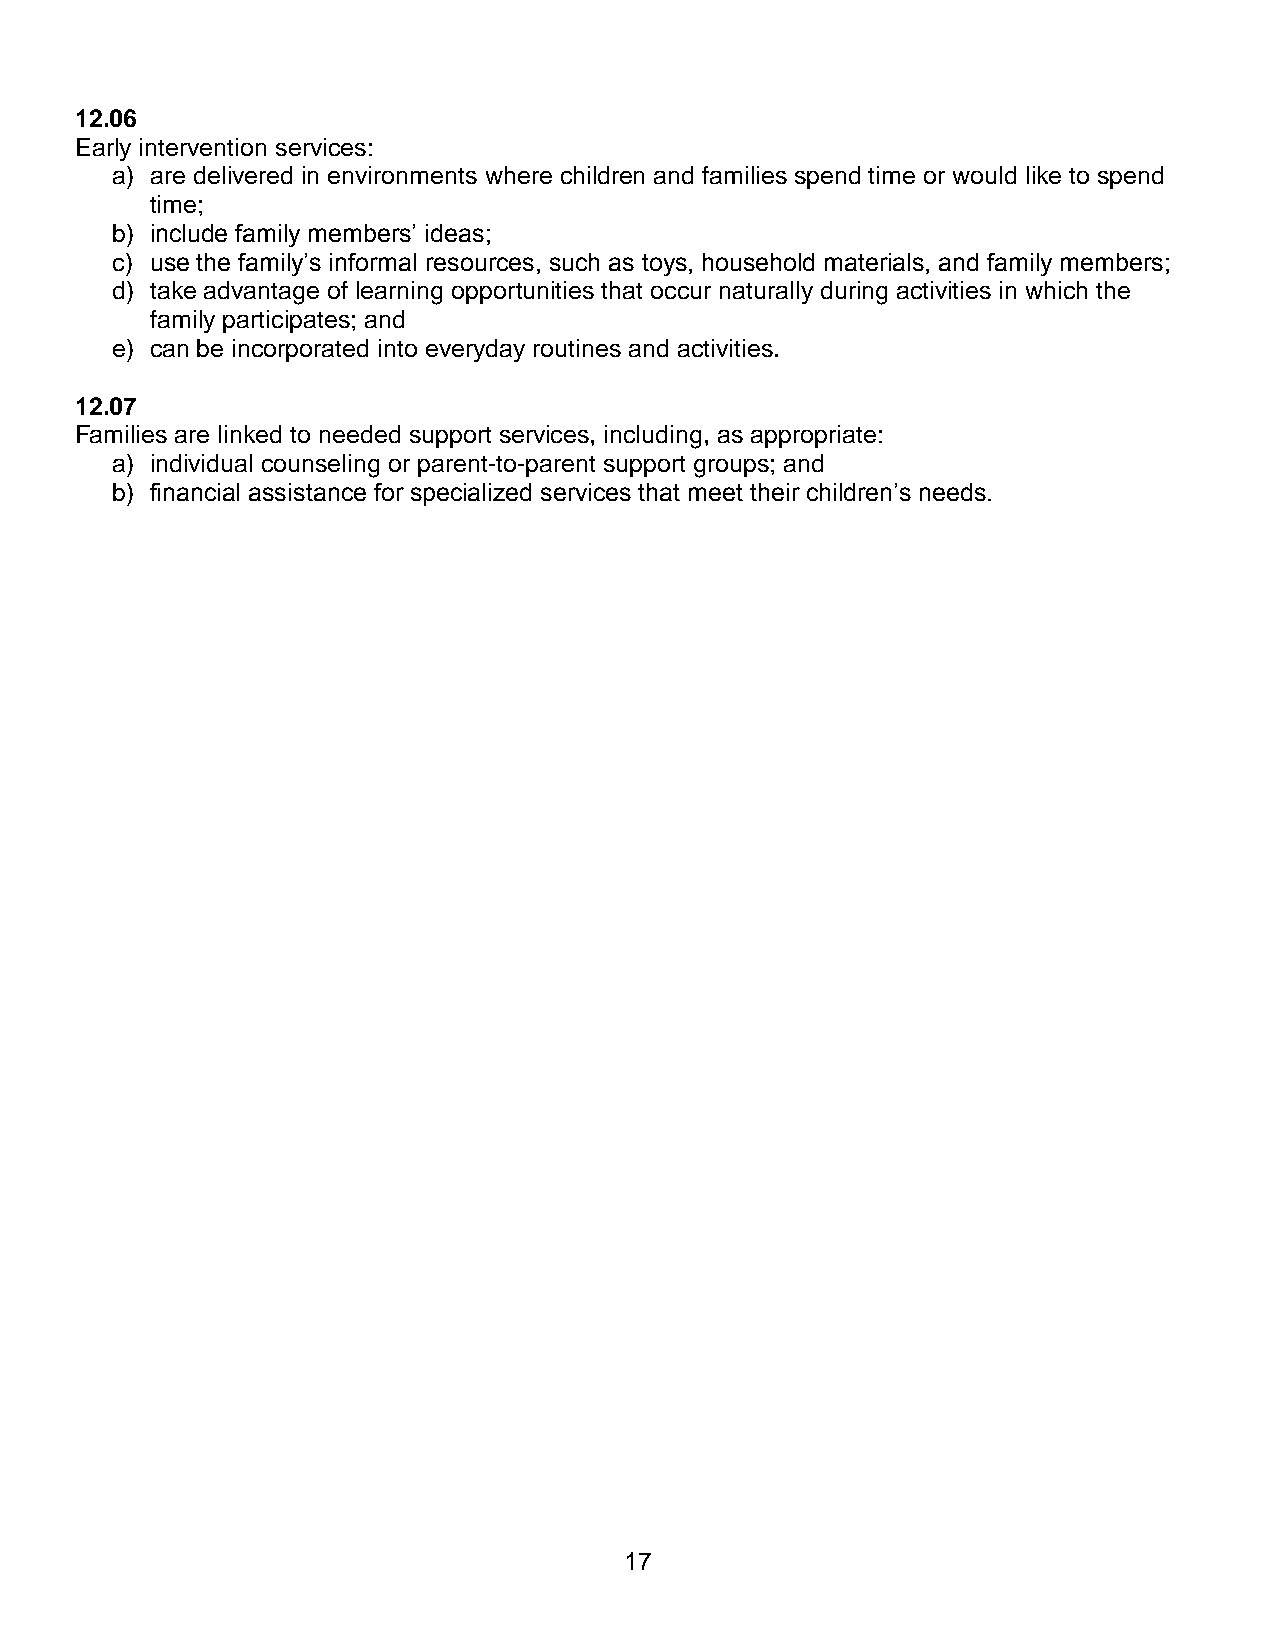
12.06
 Early intervention services:
 a) are delivered in environments where children and families spend time or would like to spend
 time;
 b) include family members’ ideas;
 c) use the family’s informal resources, such as toys, household materials, and family members;
 d) take advantage of learning opportunities that occur naturally during activities in which the
 family participates; and
 e) can be incorporated into everyday routines and activities.
 12.07
 Families are linked to needed support services, including, as appropriate:
 a) individual counseling or parent-to-parent support groups; and
 b) financial assistance for specialized services that meet their children’s needs.
 17